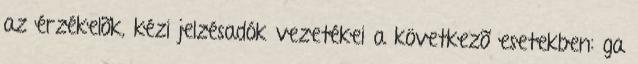
az érzékelõk, kézi jelzésadók vezetékei a következõ esetekben: ga